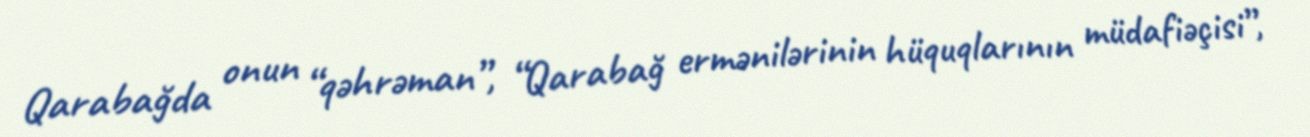
Qarabağda onun “qəhrəman”, “Qarabağ ermənilərinin hüquqlarının müdafiəçisi”,